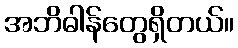
အဘိဓါန်တွေရှိတယ်။